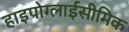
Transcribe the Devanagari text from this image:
हाइपोग्लाईसीमिक